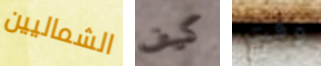
الشماليين كيف وقت